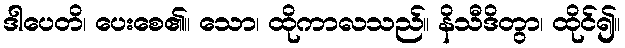
ဒါပေတိ၊ ပေးစေ၏။ သော၊ ထိုကာလသည်။ နိသီဒိတွာ၊ ထိုင်၍။